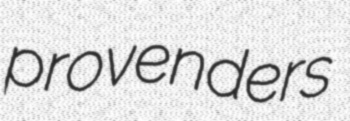
provenders